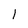
Character: 1